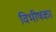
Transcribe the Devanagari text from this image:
विभीषका